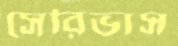
সেরিভাস